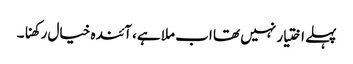
پہلے اختیار نہیں تھا اب ملا ہے، آئندہ خیال رکھنا۔